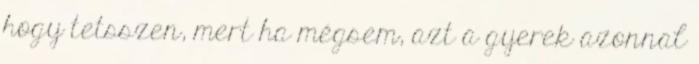
hogy tetsszen, mert ha mégsem, azt a gyerek azonnal